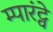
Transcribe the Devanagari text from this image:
म्पारंट्वे